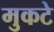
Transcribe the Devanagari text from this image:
मुकटे